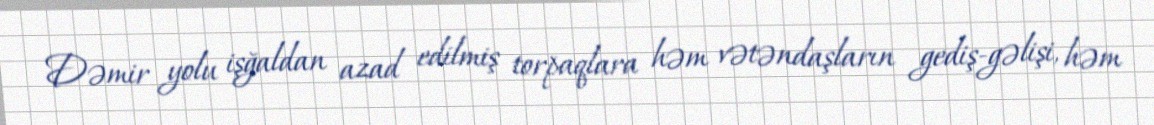
Dəmir yolu işğaldan azad edilmiş torpaqlara həm vətəndaşların gediş-gəlişi, həm